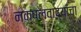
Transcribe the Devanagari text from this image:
नक्षलवाद्यांचा